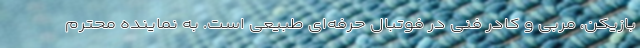
بازیکن، مربی و کادر فنی در فوتبال حرفه‌ای طبیعی است. به نماینده محترم